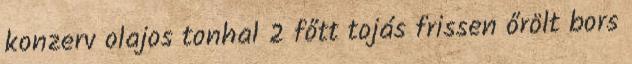
konzerv olajos tonhal 2 főtt tojás frissen őrölt bors